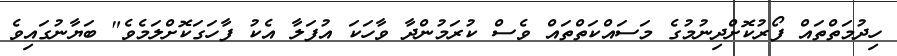
ހިދުމަތްތައް ފޯރުކޮށްދިނުމުގެ މަސައްކަތްތައް ވެސް ކުރަމުންދާ ވާހަކަ އުފަލާ އެކު ފާހަގަކޮށްލަމެވެ" ބަޔާނުގައިވެ